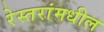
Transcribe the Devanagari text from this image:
रेस्तरांमधील